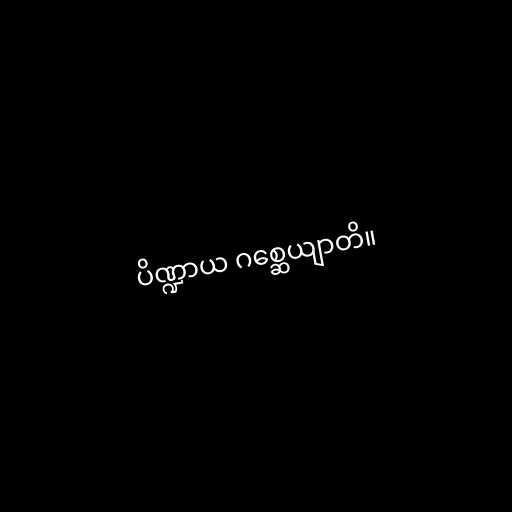
ပိဏ္ဍာယ ဂစ္ဆေယျာတိ။